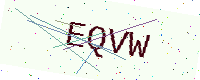
Text: EQVW